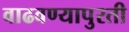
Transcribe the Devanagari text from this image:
वाढवण्यापुरती